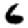
Digit: 6